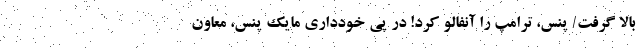
بالا گرفت/ پنس، ترامپ را آنفالو کرد! در پی خودداری مایک پنس، معاون